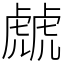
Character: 虤